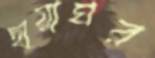
ছায়াঘর